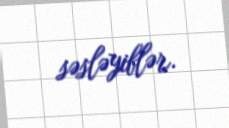
səsləyiblər.